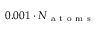
0 . 0 0 1 \cdot N _ { \mathrm { ~ a ~ t ~ o ~ m ~ s ~ } }